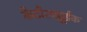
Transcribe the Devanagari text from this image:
कैटौलह्यूईक